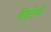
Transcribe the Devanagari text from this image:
रीर्टर्न